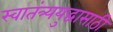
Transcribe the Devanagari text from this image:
स्वातंत्र्ययुद्धासाठी